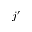
j ^ { \prime }